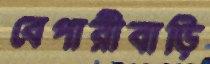
বেপারীবাড়ি